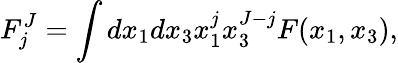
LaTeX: F_{j}^{J}=\int dx_{1}dx_{3}x_{1}^{j}x_{3}^{J-j}F(x_{1},x_{3}),